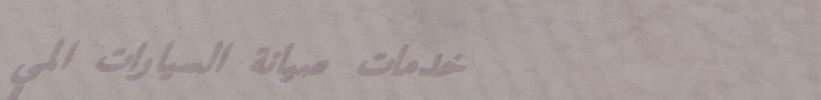
خدمات صيانة السيارات المي